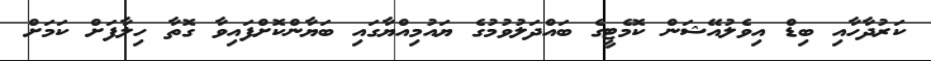
ކަރުދާހާއި ބިޑް އިވެލުއޭޝަން ކޮމެޓީގެ ބައްދަލުވުމުގެ ޔައުމިއްޔާގައި ބަޔާންކޮށްފައިވާ ގޮތާ ހިލާފަށް ކަމަށް